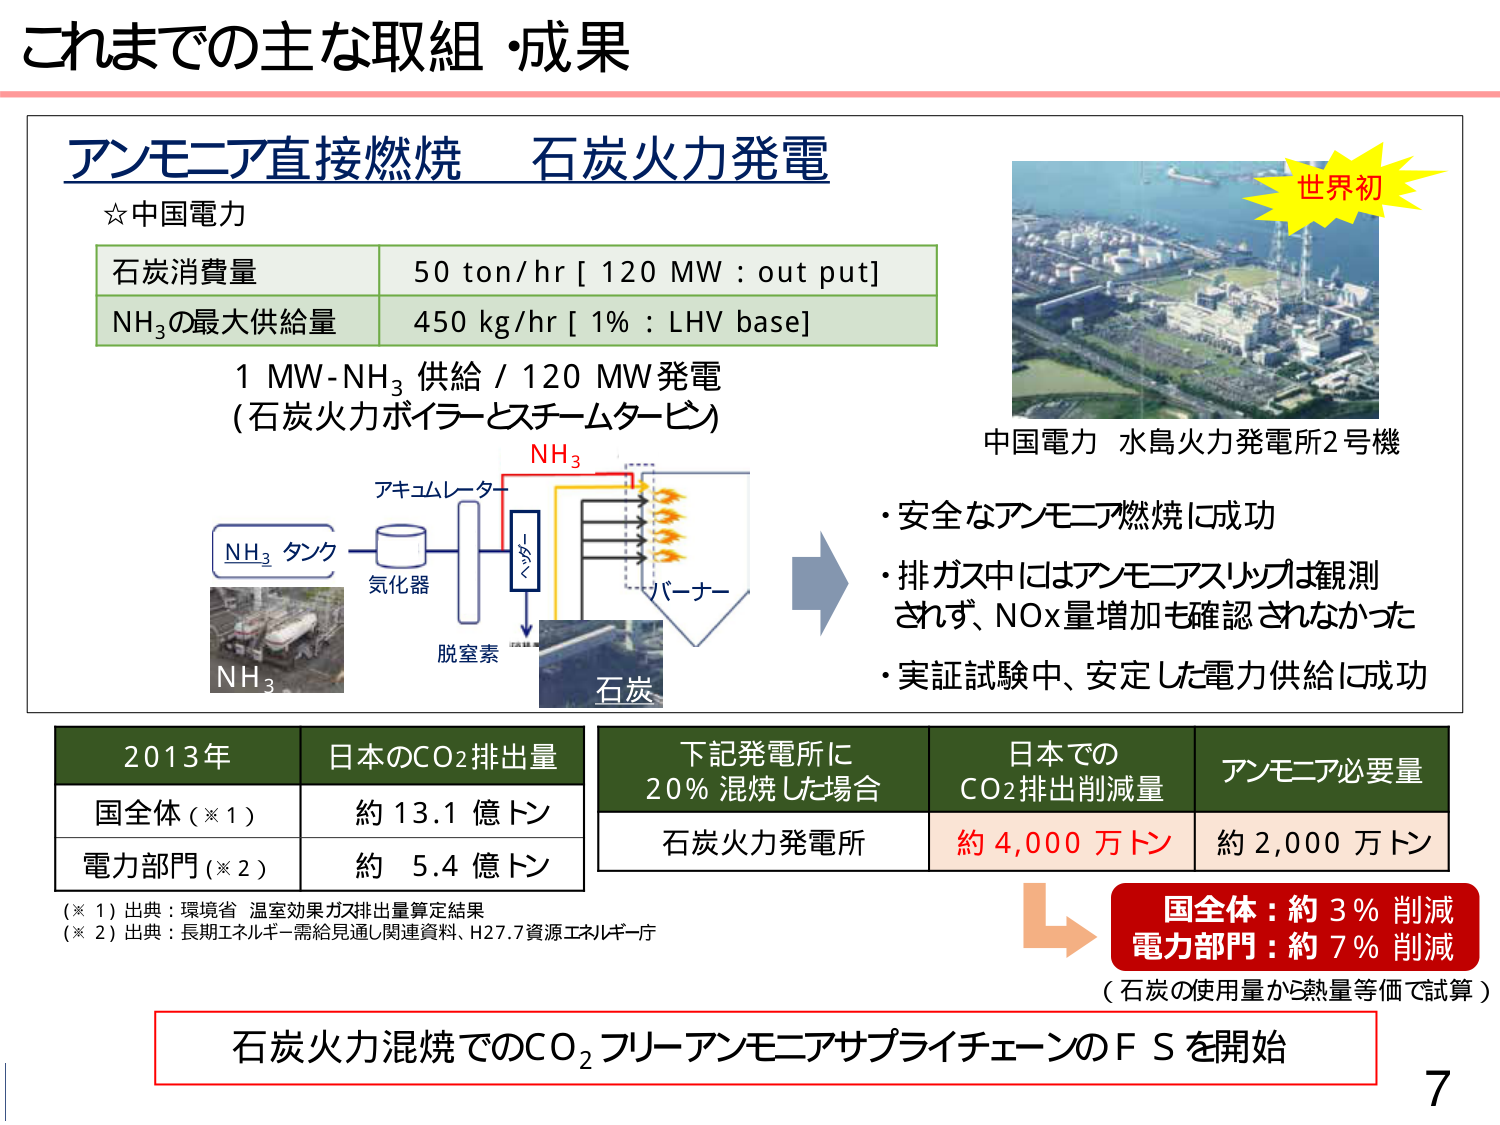
これまでの主な取組・成果

アンモニア直接燃焼 石炭火力発電
☆中国電力

石炭消費量 50 ton/hr [ 120 MW : out put]
NH₃の最大供給量 450 kg/hr [ 1% : LHV base]

1 MW-NH₃ 供給 / 120 MW発電
(石炭火力ボイラーとスチームタービン)

NH₃
アキュムレーター
NH₃ タンク
気化器
バーナー
脱窒素
石炭

世界初
中国電力 水島火力発電所2号機

・安全なアンモニア燃焼に成功
・排ガス中にはアンモニアスリップは観測されず、NOx量増加も確認されなかった
・実証試験中、安定した電力供給に成功

2013年 日本のCO₂排出量
国全体（※1） 約 13.1 億トン
電力部門（※2） 約 5.4 億トン

下記発電所に 20％混焼した場合
石炭火力発電所 日本でのCO₂排出削減量 アンモニア必要量
約 4,000 万トン 約 2,000 万トン

（※1）出典：環境省 温室効果ガス排出量算定結果
（※2）出典：長期エネルギー需給見通し関連資料、H27.7資源エネルギー庁

国全体：約 3％ 削減
電力部門：約 7％ 削減
（石炭の使用量から熱量等価で試算）

石炭火力混焼でのCO₂フリーアンモニアサプライチェーンのF Sを開始

7